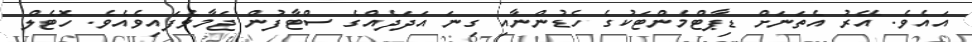
އައެވެ. އޭރު އެތަނަށް ޑިޕާޓްމެންޓަކުގެ ހެޑުންނާއި ގިނަ އަދަދެއްގެ ސްޓާފުން ޖަމާވެފައިވެއެވެ. ހޮޓެލް